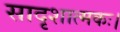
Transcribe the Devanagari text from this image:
सादृशात्मकः।